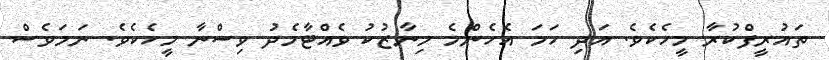
ތައުރީފްކުރާ މީހެކެވެ. އަދި ހަމަ އެހެންމެ މިނާޒުކު ވެއްޓާމެދު ވިސްނާ މީހެކެވެ. ނަމަވެސް